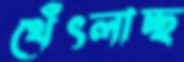
থেঁৎলাচ্ছ